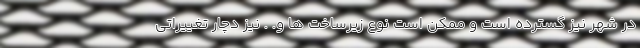
در شهر نیز گسترده است و ممکن است نوع زیرساخت ها و. . نیز دچار تغییراتی